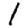
Digit: 1